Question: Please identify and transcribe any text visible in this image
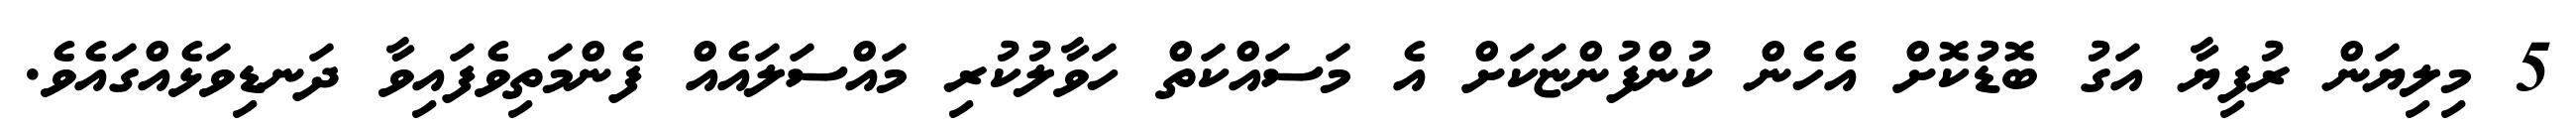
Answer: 5 މިލިޔަން ރުފިޔާ އަގު ބޮޑުކޮށް އެހެން ކުންފުންޏަކަށް އެ މަސައްކަތް ހަވާލުކުރި މައްސަލައެއް ފެންމަތިވެފައިވާ ދަނޑިވަޅެއްގައެވެ.